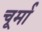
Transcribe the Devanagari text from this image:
चूर्मा